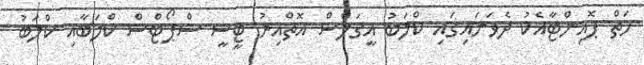
ހަތް ޕޮއިންޓާއެކު ދެވަނައިގައި ކްލަބު އީގަލްސް އޮތްއިރު ޓީސީ ސްޕޯޓްސް ކްލަބާއި ކްލަބު